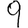
Digit: 9